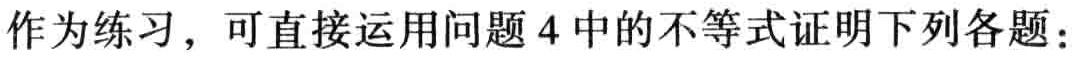
作为练习，可直接运用问题 4 中的不等式证明下列各题：